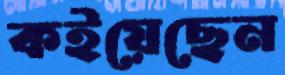
কইয়েছেন